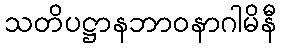
သတိပဋ္ဌာနဘာဝနာဂါမိနီ